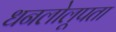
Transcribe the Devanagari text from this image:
धनलोलूपता